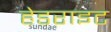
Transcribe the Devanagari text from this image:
हेडराइट